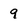
Character: 9